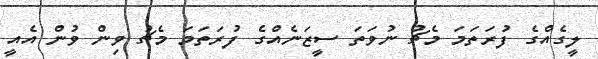
ލީގެއްގެ ފުރަތަމަ މެޗު ނުވަތަ ސީޒަނެއްގެ ފުރަތަމަ މެޗު ވިން ވުން އެއީ